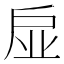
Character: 𢨼